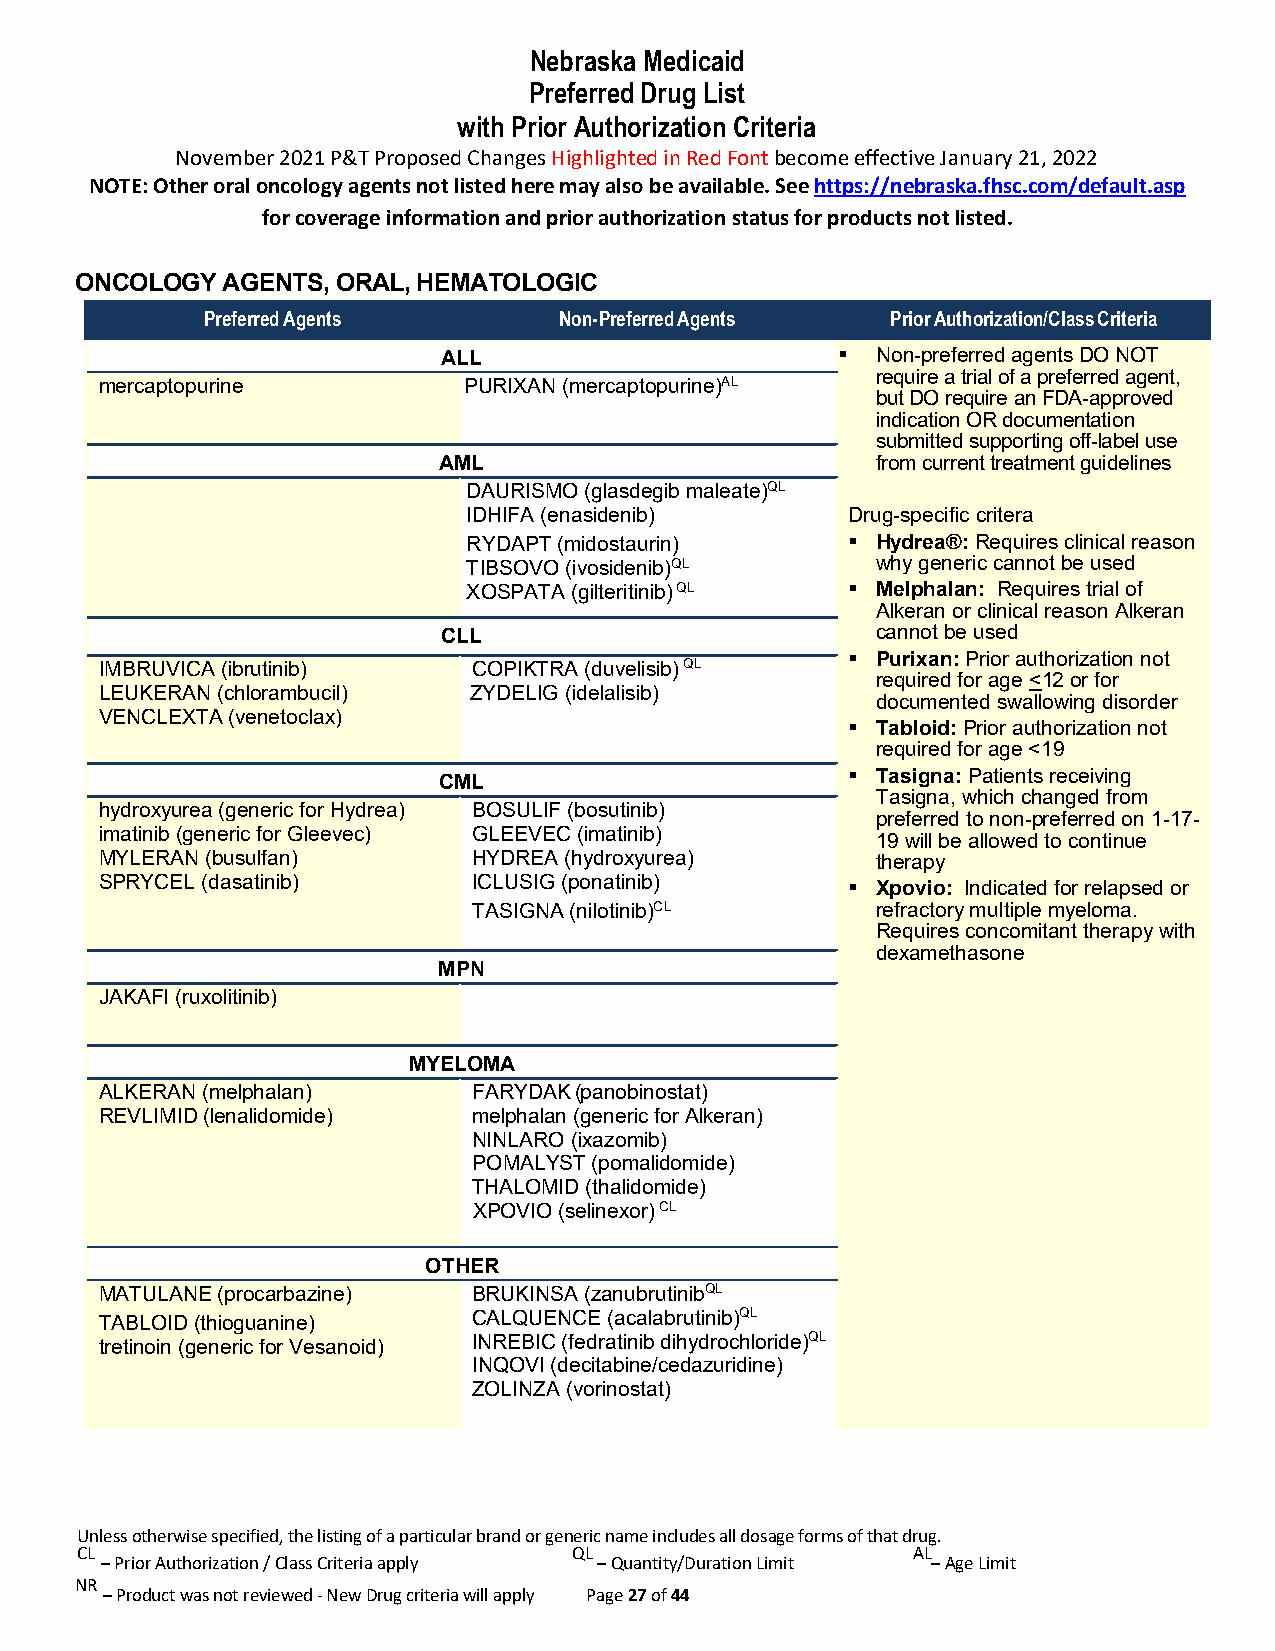
Nebraska Medicaid
 Preferred Drug List
 with Prior Authorization Criteria
 November 2021 P&T Proposed Changes Highlighted in Red Font become effective January 21, 2022
 NOTE: Other oral oncology agents not listed here may also be available. See https://nebraska.fhsc.com/default.asp
 for coverage information and prior authorization status for products not listed.
 ONCOLOGY  AGENTS, ORAL, HEMATOLOGIC
 Preferred Agents        Non-Preferred Agents  Prior Authorization/Class Criteria
 ALL                         Non-preferred agents DO NOT
 require a trial of a preferred agent,
 mercaptopurine          PURIXAN (mercaptopurine)AL
 but DO require an FDA-approved
 indication OR documentation
 submitted supporting off-label use
 AML                          from current treatment guidelines
 DAURISMO (glasdegib maleate)QL
 IDHIFA (enasidenib)      Drug-specific critera
 RYDAPT (midostaurin)      Hydrea®: Requires clinical reason
 TIBSOVO (ivosidenib)QL     why generic cannot be used
 XOSPATA (gilteritinib) QL  Melphalan: Requires trial of
 Alkeran or clinical reason Alkeran
 CL L                         cannot be used
  Purixan: Prior authorization not
 IMBRUVICA (ibrutinib)   COPIKTRA (duvelisib) QL
 required for age <12 or for
 LEUKERAN (chlorambucil) ZYDELIG (idelalisib)
 documented swallowing disorder
 VENCLEXTA (venetoclax)
  Tabloid: Prior authorization not
 required for age <19
 CML                         Tasigna: Patients receiving
 Tasigna, which changed from
 hydroxyurea (generic for Hydrea) BOSULIF (bosutinib)
 preferred to non-preferred on 1-17-
 imatinib (generic for Gleevec) GLEEVEC (imatinib)
 19 will be allowed to continue
 MYLERAN (busulfan)      HYDREA (hydroxyurea)       therapy
 SPRYCEL (dasatinib)     ICLUSIG (ponatinib)       Xpovio: Indicated for relapsed or
 TASIGNA (nilotinib)CL      refractory multiple myeloma.
 Requires concomitant therapy with
 dexamethasone
 MPN
 JAKAFI (ruxolitinib)
 MYELOMA
 ALKERAN (melphalan)     FARYDAK (panobinostat)
 REVLIMID (lenalidomide) melphalan (generic for Alkeran)
 NINLARO (ixazomib)
 POMALYST (pomalidomide)
 THALOMID (thalidomide)
 XPOVIO (selinexor) CL
 OTHER
 MATULANE (procarbazine) BRUKINSA (zanubrutinibQL
 TABLOID (thioguanine)   CALQUENCE (acalabrutinib)QL
 tretinoin (generic for Vesanoid) INREBIC (fedratinib dihydrochloride)QL
 INQOVI (decitabine/cedazuridine)
 ZOLINZA (vorinostat)
 Unless otherwise specified, the listing of a particular brand or generic name includes all dosage forms of that drug.
 CL                               QL                    AL
 – Prior Authorization / Class Criteria apply – Quantity/Duration Limit – Age Limit
 NR
 – Product was not reviewed - New Drug criteria will apply Page 27 of 44